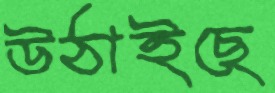
উঠাইছে